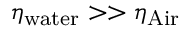
\eta _ { \mathrm { w a t e r } } > > \eta _ { \mathrm { A i r } }